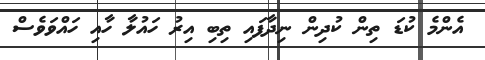
އެންމެ ކުޑަ ތިން ކުދިން ނިދާފައި ތިބި އިރު ހައުލާ ހާއި ހައްވަވެސް